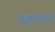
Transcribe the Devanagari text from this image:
कुकादेशर